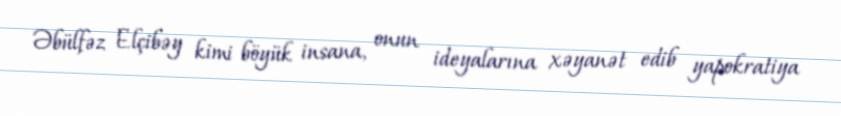
Əbülfəz Elçibəy kimi böyük insana, onun ideyalarına xəyanət edib yapokratiya